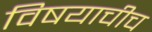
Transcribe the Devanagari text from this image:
विषयाचीच